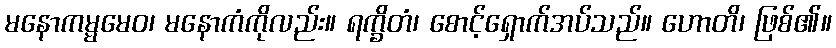
မနောကမ္မမေဝ၊ မနောကံကိုလည်း။ ရက္ခိတံ၊ စောင့်ရှောက်အပ်သည်။ ဟောတိ၊ ဖြစ်၏။